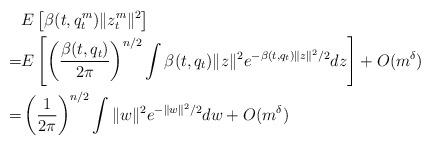
LaTeX: \begin{align*}&E\left[\beta(t,q_t^m)\|z_t^m\|^2\right]\\=&E\left[ \left(\frac{ \beta(t,q_t)}{2\pi}\right)^{n/2} \int \beta(t,q_t)\|z\|^2 e^{- \beta(t,q_t)\|z\|^2/2}dz\right]+O(m^{\delta})\\=&\left(\frac{1}{2\pi}\right)^{n/2} \int \|w\|^2 e^{-\|w\|^2/2}dw+O(m^{\delta})\end{align*}